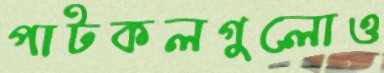
পাটকলগুলোও